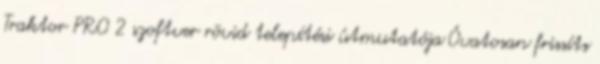
Traktor PRO 2 szoftver rövid telepítési útmutatója Óvatosan frissíts